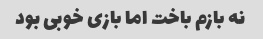
نه بازم باخت اما بازی خوبی بود